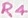
Text: R4